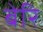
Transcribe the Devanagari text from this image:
बेरि